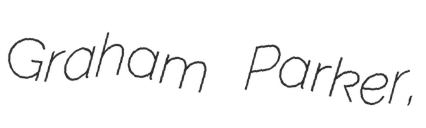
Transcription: Graham Parker,